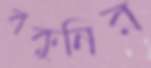
বকুনির